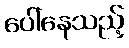
ပေါ်နေသည့်